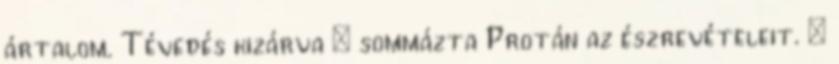
ártalom. Tévedés kizárva – sommázta Protán az észrevételeit. –